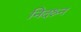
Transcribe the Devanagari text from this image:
निदश्र्न